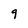
Character: 9